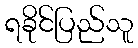
ရခိုင်ပြည်သူ